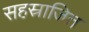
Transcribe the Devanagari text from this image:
सहस्राजित